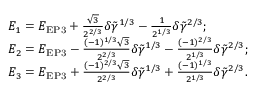
\begin{array} { r l } & { E _ { 1 } = E _ { \mathrm { E P 3 } } + \frac { \sqrt { 3 } } { 2 ^ { 2 / 3 } } \delta \tilde { \gamma } ^ { 1 / 3 } - \frac { 1 } { 2 ^ { 1 / 3 } } \delta \tilde { \gamma } ^ { 2 / 3 } ; } \\ & { E _ { 2 } = E _ { \mathrm { E P 3 } } - \frac { ( - 1 ) ^ { 1 / 3 } \sqrt { 3 } } { 2 ^ { 2 / 3 } } \delta \tilde { \gamma } ^ { 1 / 3 } - \frac { ( - 1 ) ^ { 2 / 3 } } { 2 ^ { 1 / 3 } } \delta \tilde { \gamma } ^ { 2 / 3 } ; } \\ & { E _ { 3 } = E _ { \mathrm { E P 3 } } + \frac { ( - 1 ) ^ { 2 / 3 } \sqrt { 3 } } { 2 ^ { 2 / 3 } } \delta \tilde { \gamma } ^ { 1 / 3 } + \frac { ( - 1 ) ^ { 1 / 3 } } { 2 ^ { 1 / 3 } } \delta \tilde { \gamma } ^ { 2 / 3 } . } \end{array}